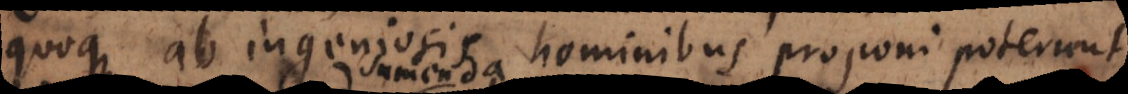
quoque ab ingeniosis hominibus proponi poterunt,